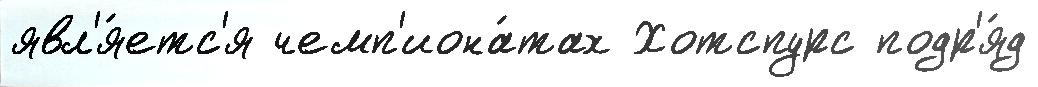
явл'я́етс'я чемп'иона́тах Хотспурс подр'я́д